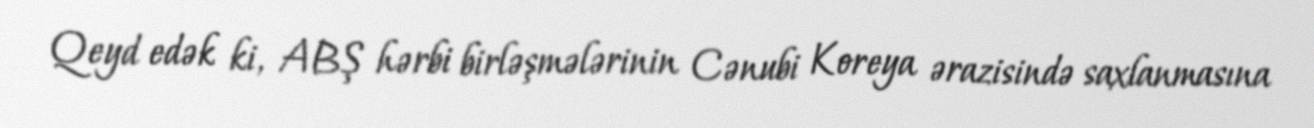
Qeyd edək ki, ABŞ hərbi birləşmələrinin Cənubi Koreya ərazisində saxlanmasına